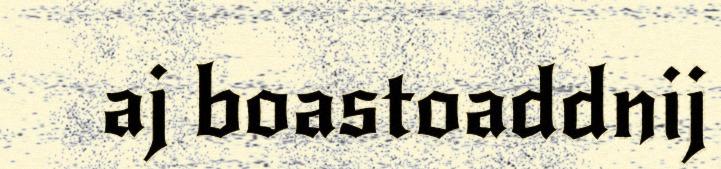
aj boastoaddnij